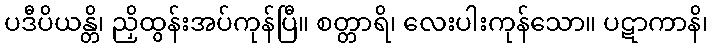
ပဒီပိယန္တိ၊ ညှိထွန်းအပ်ကုန်ပြီ။ စတ္တာရိ၊ လေးပါးကုန်သော။ ပဋာကာနိ၊